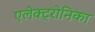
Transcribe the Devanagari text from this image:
एलेक्ट्रोनिका